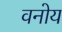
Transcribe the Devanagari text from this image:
वनोय